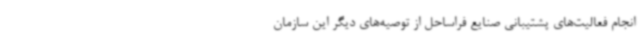
انجام فعالیت‌های پشتیبانی صنایع فراساحل از توصیه‌های دیگر این سازمان